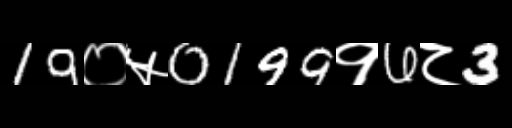
Text: 19०५0199१6८3